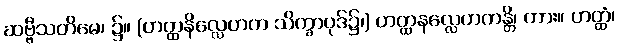
ဆဗ္ဗီသတိမေ၊ ၌။ (ဟတ္ထနိလ္လေဟက သိက္ခာပုဒ်၌၊) ဟတ္ထနလ္လေဟကန္တိ၊ ကား။ ဟတ္ထံ၊